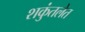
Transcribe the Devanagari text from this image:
शकुंतलेत